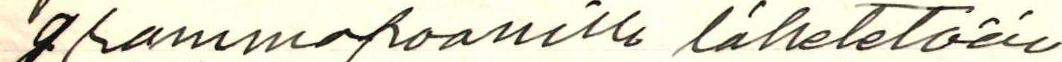
grammafoonilla lähetetään